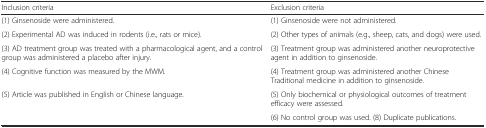
| Inclusion criteria | Exclusion criteria |
 | --- | --- |
 | (1) Ginsenoside were administered. | (1) Ginsenoside were not administered. |
 | (2) Experimental AD was induced in rodents (i.e., rats or mice). | (2) Other types of animals (e.g., sheep, cats, and dogs) were used. |
 | (3) AD treatment group was treated with a pharmacological agent, and a control group was administered a placebo after injury. | (3) Treatment group was administered another neuroprotective agent in addition to ginsenoside. |
 | (4) Cognitive function was measured by the MWM. | (4) Treatment group was administered another Chinese Traditional medicine in addition to ginsenoside. |
 | (5) Article was published in English or Chinese language. | (5) Only biochemical or physiological outcomes of treatment efficacy were assessed. |
 |  | (6) No control group was used. (8) Duplicate publications. |